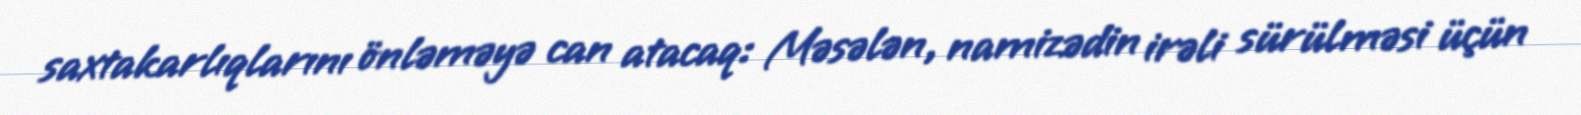
saxtakarlıqlarını önləməyə can atacaq: Məsələn, namizədin irəli sürülməsi üçün